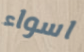
اسواء